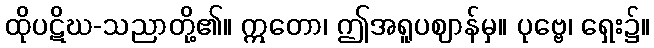
ထိုပဋိဃ-သညာတို့၏။ ဣတော၊ ဤအရူပဈာန်မှ။ ပုဗ္ဗေ၊ ရှေး၌။